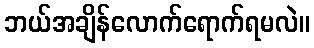
ဘယ်အချိန်လောက်ရောက်ရမလဲ။